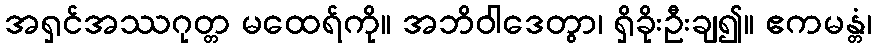
အရှင်အဿဂုတ္တ မထေရ်ကို။ အဘိဝါဒေတွာ၊ ရှိခိုးဦးချ၍။ ဧကမန္တံ၊